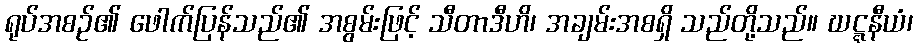
ရုပ်အစဉ်၏ ဖေါက်ပြန်သည်၏ အစွမ်းဖြင့် သီတာဒီဟိ၊ အချမ်းအစရှိ သည်တို့သည်။ ဃဋ္ဋနီယံ၊